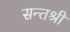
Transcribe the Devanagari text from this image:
सन्तश्री